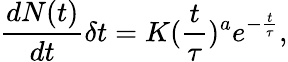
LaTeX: \frac{dN(t)}{dt}\delta t=K(\frac{t}{\tau})^{a}e^{-\frac{t}{\tau}},